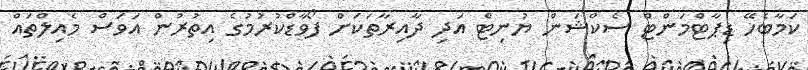
ކަމާބެހޭ ޑިޕާޓްމަންޓް ސެކްޝަން ޔުނިޓް އަދި ދާއިރާތަކަށް ފޯވާޑްކުރުމުގެ އިތުރުން އަވަސް މެއިލްތައް